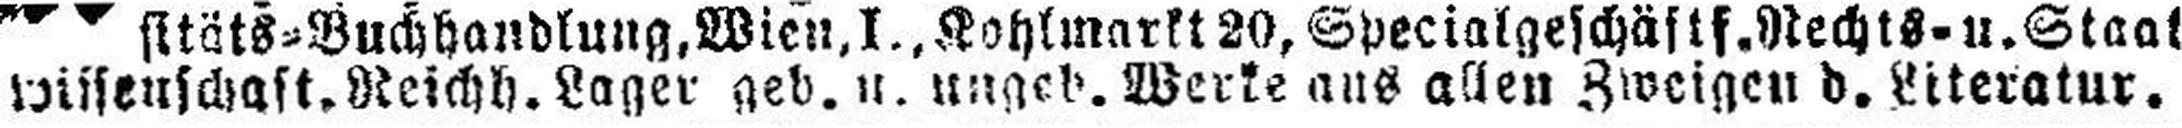
wissenschaft. Reichh. Lager geb. u. ungeb. Werke aus allen Zweigen d. Literatur.